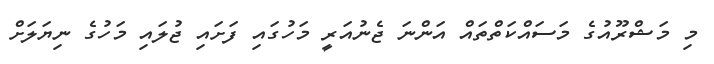
މި މަޝްރޫއުގެ މަސައްކަތްތައް އަންނަ ޖެނުއަރީ މަހުގައި ފަށައި ޖުލައި މަހުގެ ނިޔަލަށް